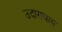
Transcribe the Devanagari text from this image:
उदारावायु